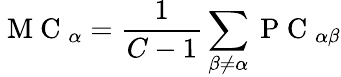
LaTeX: \mathrm{~M~C~}_{\alpha}=\frac{1}{C-1}\sum_{\beta\neq\alpha}\mathrm{~P~C~}_{\alpha\beta}